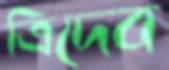
ত্রিদেব